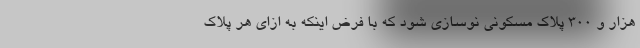
هزار و ۳۰۰ پلاک مسکونی نوسازی شود که با فرض اینکه به ازای هر پلاک